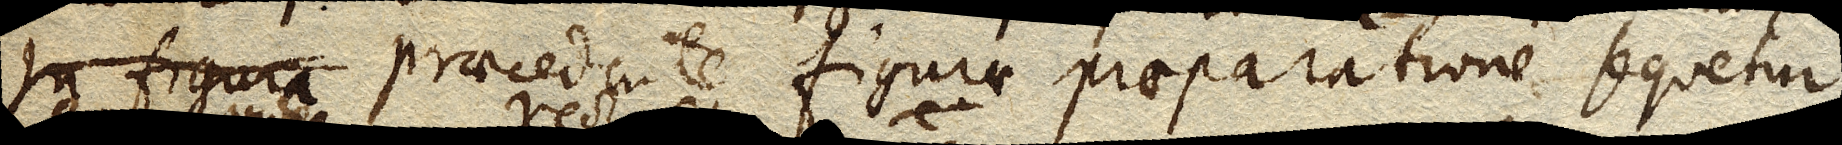
in figura praecedente figurae praeparatione sequetur.